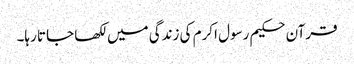
قرآن حکیم رسول اکرم کی زندگی میں لکھا جاتا رہا۔